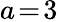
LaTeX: a\! =\! 3